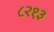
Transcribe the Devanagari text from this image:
८२१३